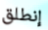
إنطلق